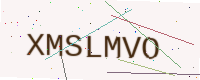
Text: XMSLMVO